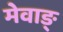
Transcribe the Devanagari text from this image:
मेवाङ्